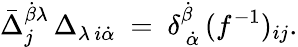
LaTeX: \bar{\Delta}_{j}^{\dot{\beta}\lambda}\, \Delta_{\lambda\, i\dot{\alpha}}\ =\ \delta_{\ \dot{\alpha}}^{\dot{\beta}}\, (f^{-1})_{ij}.